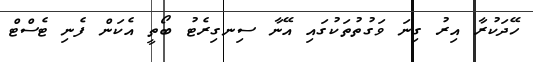
ހޭދަކުރާ އިރު ގިނަ ވަގުތުތަކުގައި އޭނާ ސިނގިރެޓު ބޯތީ އެކަން ފެނި ޓެސްޓް